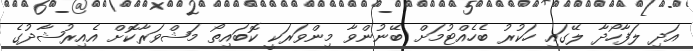
އަދި ލަފާހޯދާ ލޭގައި ހަކުރު ބެހެއްޓުމަށް ބޭނުންވާ މިންވަރަކީ ކޮބައިތޯ މަޝްވަރާކޮށް އެއިރުޝާދުގެ